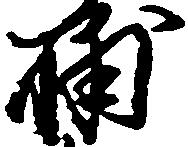
輔